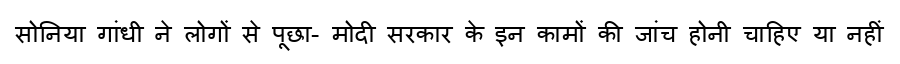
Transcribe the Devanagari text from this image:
सोनिया गांधी ने लोगों से पूछा- मोदी सरकार के इन कामों की जांच होनी चाहिए या नहीं